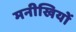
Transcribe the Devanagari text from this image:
मनीखियों